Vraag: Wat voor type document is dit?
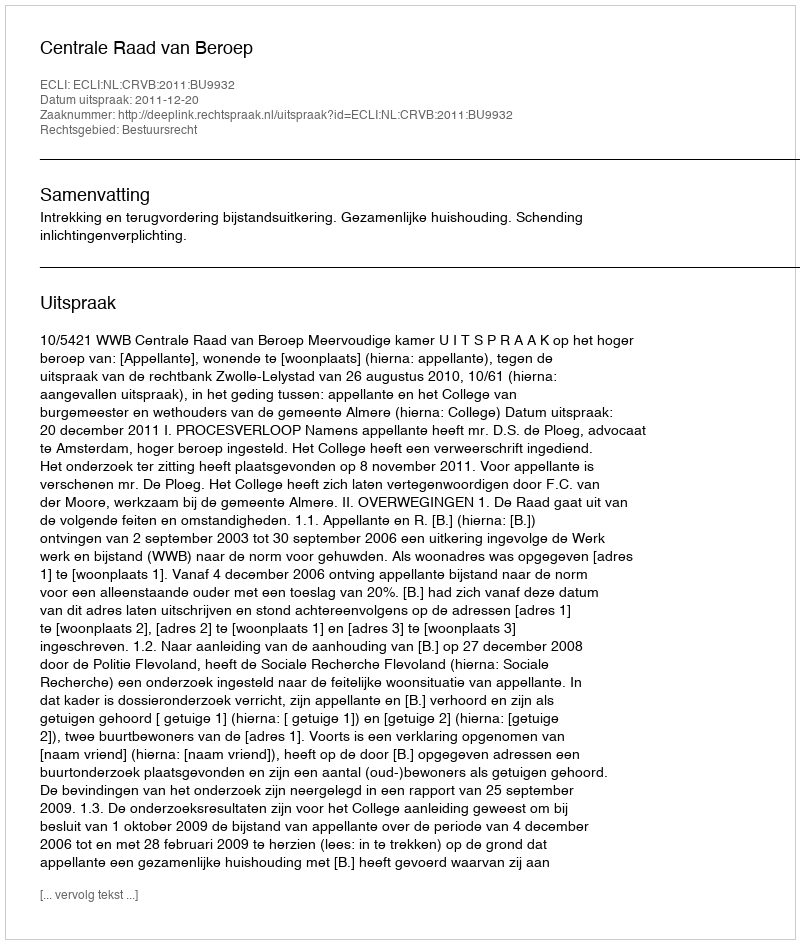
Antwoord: Uitspraak